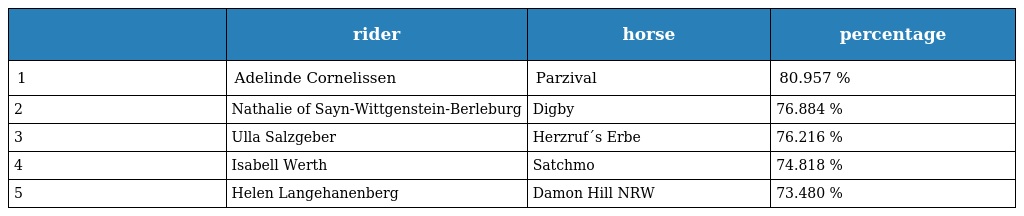
|  | rider | horse | percentage |
 | --- | --- | --- | --- |
 | 1 | Adelinde Cornelissen | Parzival | 80.957 % |
 | 2 | Nathalie of Sayn-Wittgenstein-Berleburg | Digby | 76.884 % |
 | 3 | Ulla Salzgeber | Herzruf´s Erbe | 76.216 % |
 | 4 | Isabell Werth | Satchmo | 74.818 % |
 | 5 | Helen Langehanenberg | Damon Hill NRW | 73.480 % |